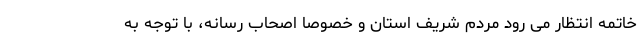
خاتمه انتظار می رود مردم شریف استان و خصوصا اصحاب رسانه، با توجه به